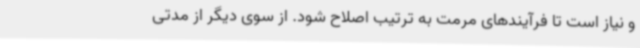
و نیاز است تا فرآیندهای مرمت به ترتیب اصلاح شود. از سوی دیگر از مدتی